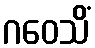
ဂဝေသိံ